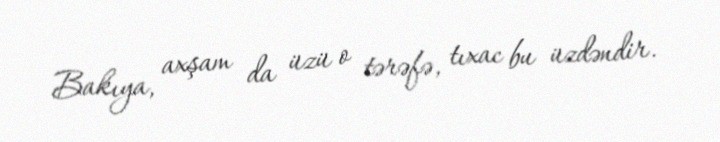
Bakıya, axşam da üzü o tərəfə, tıxac bu üzdəndir.